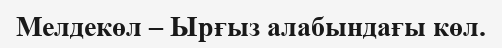
Мелдекөл – Ырғыз алабындағы көл.